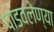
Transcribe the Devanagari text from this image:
पांडवलेण्या